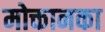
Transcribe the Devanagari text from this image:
मोक्तानका